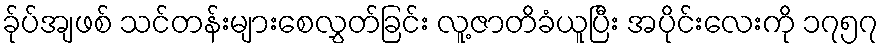
ခ်ုပ်အျဖစ် သင်တန်းများစေလွှတ်ခြင်း လူ့ဇာတိခံယူပြီး အပိုင်းလေးကို ၁၇၅၇